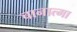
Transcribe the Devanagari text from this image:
चानात्मा